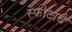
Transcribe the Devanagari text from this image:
स्फोटाचे